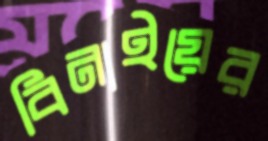
বিনাইয়ের